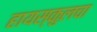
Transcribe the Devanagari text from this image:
हायस्‍कुलचा